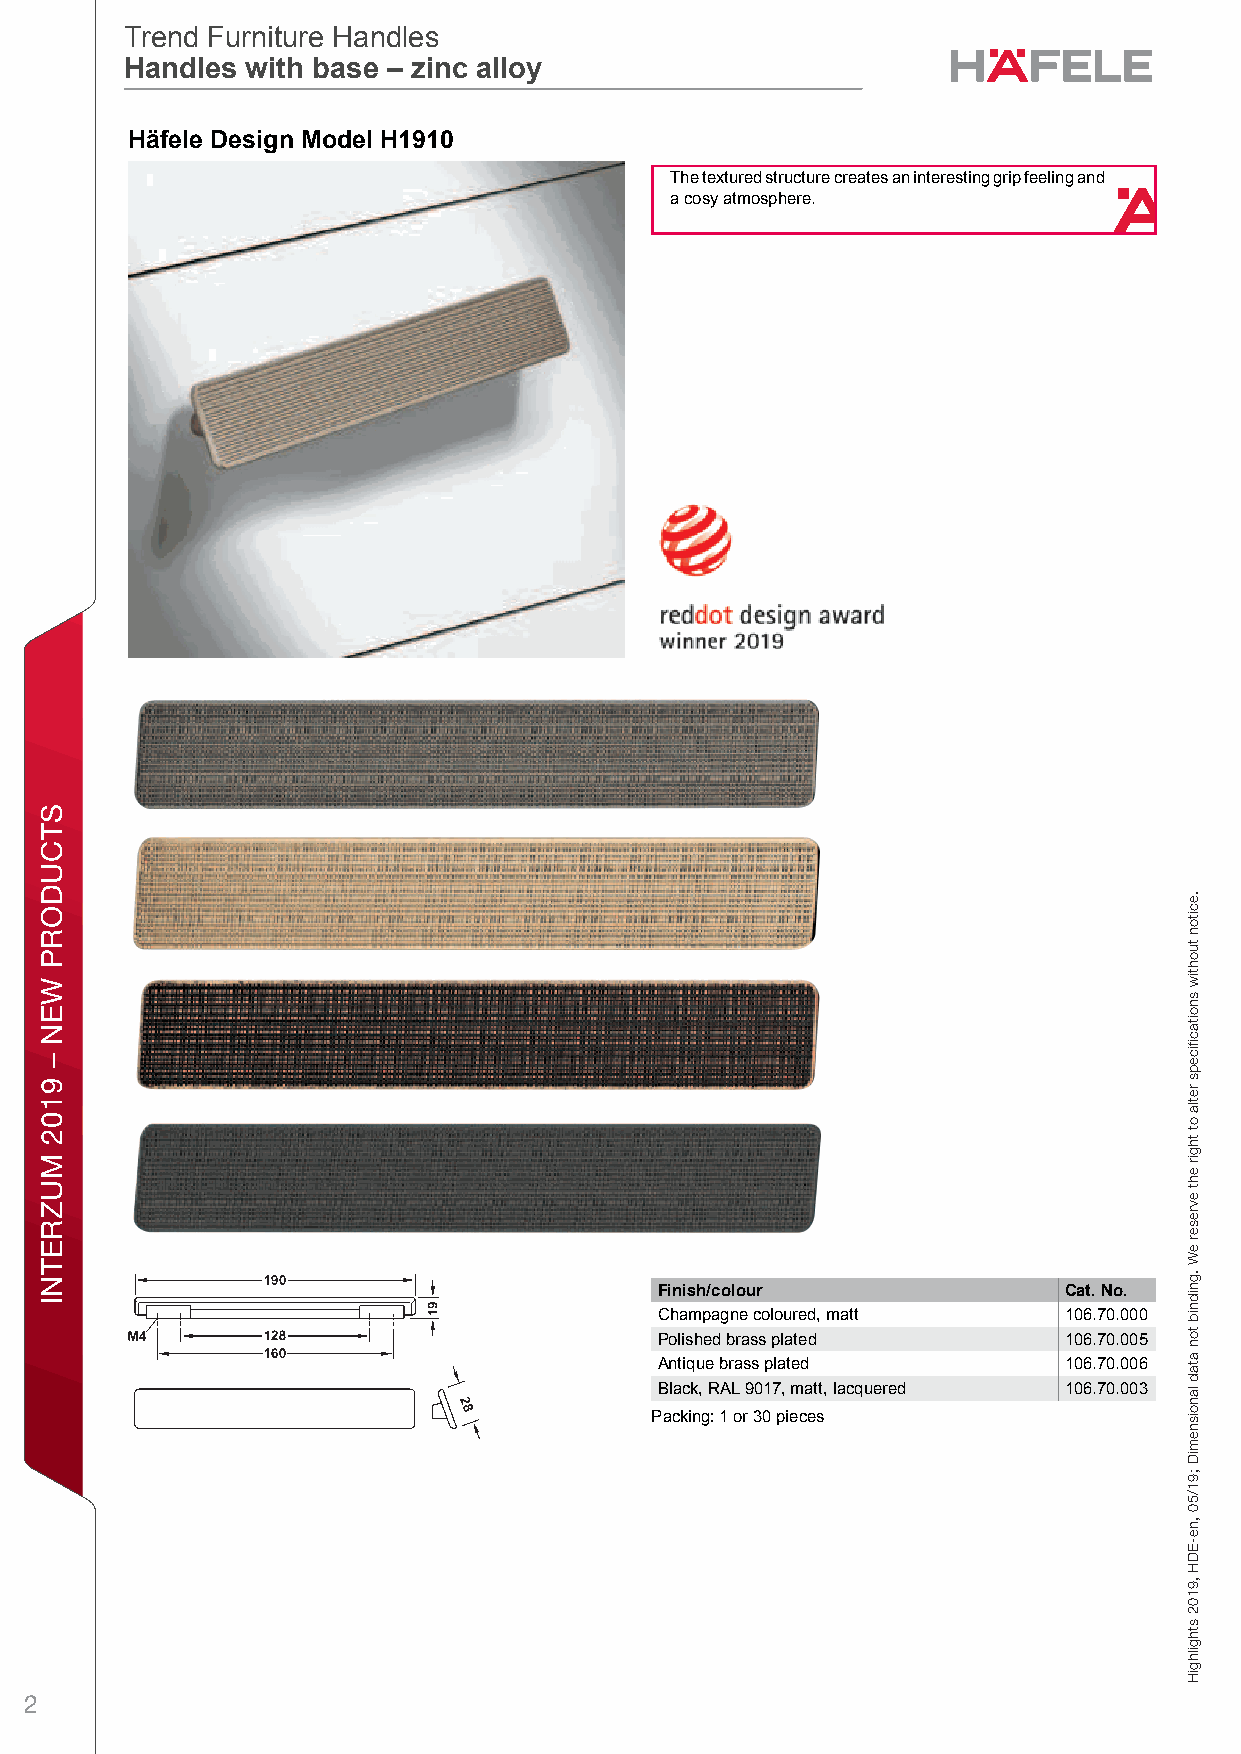
Trend Furniture Handles
 Trend Furniture Handles
 Handles with base – zinc alloy
 Handles with base – zinc alloy
 THrend Furäniture HfandleesTrendl Fuerniture H anDdlesHandeles withs base – izincg alloy – n / Planni ng aMnd ConstruoctionDimdensionael data nlot b indiHng. We re1serve th9e right 1to alter 0specifications without notice.
 The textured structure creates an interesting grip feeling and 1
 a cosy atmosphere.
 Finish/colour             Cat. No.
 Champagne coloured, matt  106.70.000
 Polished brass plated     106.70.005
 Antique brass plated      106.70.006
 Black, RAL 9017, matt, lacquered 106.70.003
 Packing: 1 or 30 pieces
 2
 STCUDORP
 WEN
 –
 9102
 MUZRETNI
 seldnaH
 erutinruF
 dnerT
 .eciton
 tuohtiw
 snoitacfiiceps
 retla
 ot
 thgir
 eht
 evreser
 eW
 .gnidnib
 ton
 atad
 lanoisnemiD
 ;91/50
 ,ne-EDH
 ,9102
 sthgilhgiH